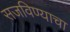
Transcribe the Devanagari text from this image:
सजविण्याचा